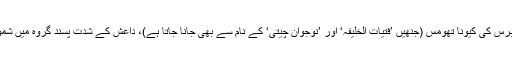
جمعے کو وفاقی فوجداری شق کے تحت درج کی گئی شکایت میں کہا گیا ہے کہ 30 برس کی کیونا تھومس (جنھیں ’فتیات الخلیفہ‘ اور ’نوجوان چیتی‘ کے نام سے بھی جانا جاتا ہے)، داعش کے شدت پسند گروہ میں شمولیت اور اُن کے ہمراہ لڑنے کی غرض سے بیرون ملک سفر کی کوشش کر رہی تھیں۔